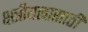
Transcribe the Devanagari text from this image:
क्षत्रीयत्वासाठी